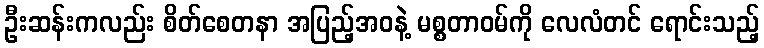
ဦးဆန်းကလည်း စိတ်စေတနာ အပြည့်အဝနဲ့ မစ္စတာဝမ်ကို လေလံတင် ရောင်းသည့်